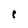
Character: 1